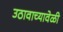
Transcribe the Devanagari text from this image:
उठावाच्यावेळी